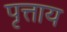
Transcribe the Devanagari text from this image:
पृत्ताय